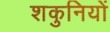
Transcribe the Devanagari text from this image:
शकुनियों